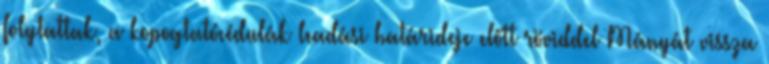
folytattak, a kopogtatócédulák leadási határideje előtt röviddel Mányát vissza